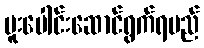
ပူးပေါင်းဆောင်ရွက်ရမည်